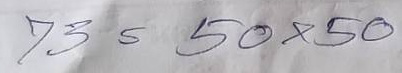
73 = 50x50